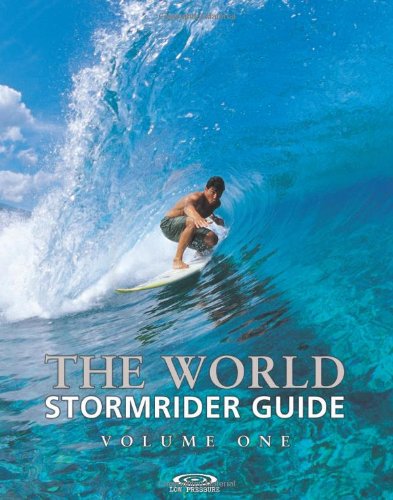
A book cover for The World Stormrider Guide, Vol. 1 (Stormrider Surf Guides); Sports & Outdoors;